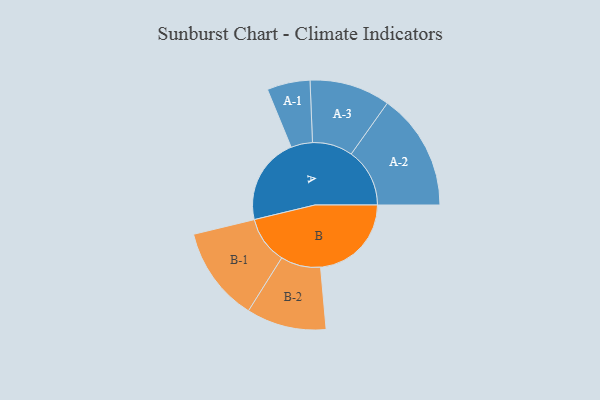
{"axis": {"x": "Segment", "y": "Value"}, "legend": ["", "A", "B"], "data": [{"x": "A", "y": 416, "type": ""}, {"x": "B", "y": 435, "type": ""}, {"x": "A-1", "y": 103, "type": "A"}, {"x": "A-2", "y": 280, "type": "A"}, {"x": "A-3", "y": 193, "type": "A"}, {"x": "B-1", "y": 227, "type": "B"}, {"x": "B-2", "y": 191, "type": "B"}]}